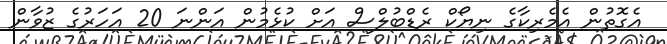
އެގޮތުން އެމެރިކާގެ ނިޔޯކް ރެޑްބުލްސް އަށް ކުޅެމުން އަންނަ 20 އަހަރުގެ ޒުވާން